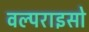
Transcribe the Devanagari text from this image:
वल्पराइसो